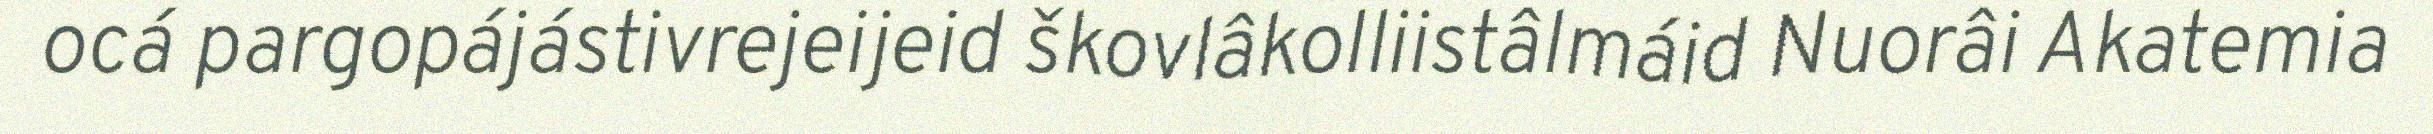
ocá pargopájástivrejeijeid škovlâkolliistâlmáid Nuorâi Akatemia